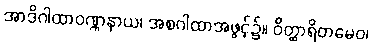
အာဒိဂါထာဝဏ္ဏနာယ၊ အစဂါထာအဖွင့်၌။ ဝိတ္ထာရိတမေဝ၊